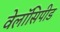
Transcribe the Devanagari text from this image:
वेलॉसिपीड